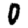
Digit: 0